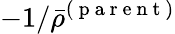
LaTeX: -1/\bar{\rho}^{(\mathrm{~p~a~r~e~n~t~})}